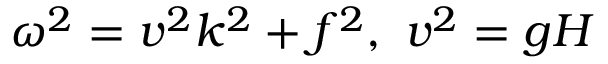
\omega ^ { 2 } = v ^ { 2 } k ^ { 2 } + f ^ { 2 } , \ v ^ { 2 } = g H